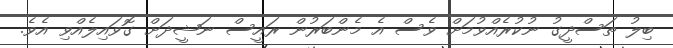
ބިލު ތަސްދީގު ނުކުރެއްވުމަށް ވެސް އެ މެންބަރުން ރައީސް ނަޝީދަށް ގޮވައިލެއްވި އެވެ.